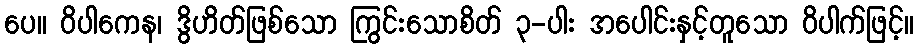
ပေ။ ဝိပါကေန၊ ဒွိဟိတ်ဖြစ်သော ကြွင်းသောစိတ် ၃-ပါး အပေါင်းနှင့်တူသော ဝိပါက်ဖြင့်။